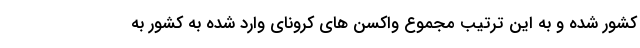
کشور شده و به این ترتیب مجموع واکسن های کرونای وارد شده به کشور به